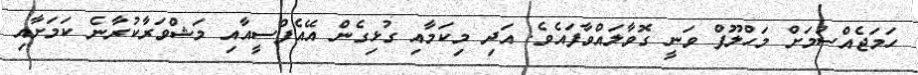
ހަމަޖެއްސުމަށް މަހްލޫފް ވަނީ ގޮވާލައްވާފައެވެ. އަދި މިކަމާއި ގުޅިގެން އޭއެފްސީއާއި މަޝްވަރާކުރާނެ ކަމަށާއި